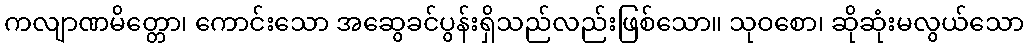
ကလျာဏမိတ္တော၊ ကောင်းသော အဆွေခင်ပွန်းရှိသည်လည်းဖြစ်သော။ သုဝစော၊ ဆိုဆုံးမလွယ်သော